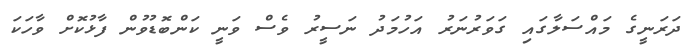
ދަރަނީގެ މައްސަލާގައި ގަވަރުނަރު އަހުމަދު ނަސީރު ވެސް ވަނީ ކަންބޮޑުވުން ފާޅުކޮށް ވާހަކަ